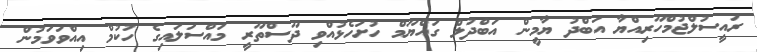
ރައީސުލްޖުމްހޫރިއްޔާ އަބްދު ޔާމީން އަބްދުލް ގައްޔޫމް ހުށަހެޅުއްވި ދޫސްތޫރީ މައްސަލައިގެ ހުކުމް އިއްވަވަމުން